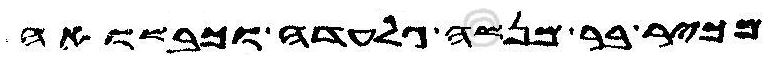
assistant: מכיר בר מנשה גלעדה וכבשואה